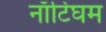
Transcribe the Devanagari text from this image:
नाॅटिंघम